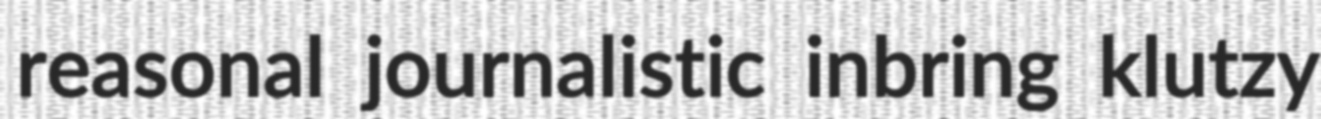
reasonal journalistic inbring klutzy